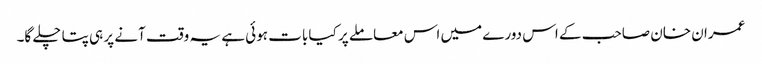
عمران خان صاحب کے اس دورے میں اس معاملے پر کیا بات ہوئی ہے یہ وقت آنے پر ہی پتا چلے گا۔